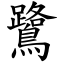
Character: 鷺